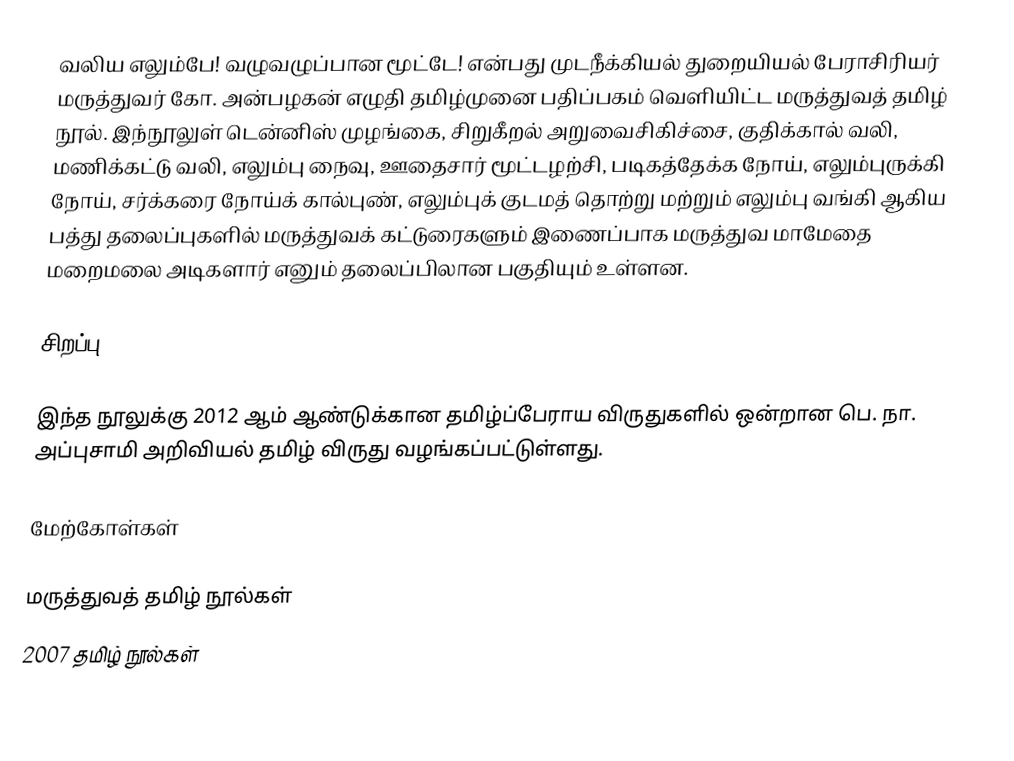
வலிய எலும்பே! வழுவழுப்பான மூட்டே! என்பது முடநீக்கியல் துறையியல் பேராசிரியர் மருத்துவர் கோ. அன்பழகன் எழுதி தமிழ்முனை பதிப்பகம் வெளியிட்ட மருத்துவத் தமிழ் நூல். இந்நூலுள் டென்னிஸ் முழங்கை, சிறுகீறல் அறுவைசிகிச்சை, குதிக்கால் வலி, மணிக்கட்டு வலி, எலும்பு நைவு, ஊதைசார் மூட்டழற்சி, படிகத்தேக்க நோய், எலும்புருக்கி நோய், சர்க்கரை நோய்க் கால்புண், எலும்புக் குடமத் தொற்று மற்றும் எலும்பு வங்கி ஆகிய பத்து தலைப்புகளில் மருத்துவக் கட்டுரைகளும் இணைப்பாக மருத்துவ மாமேதை மறைமலை அடிகளார் எனும் தலைப்பிலான பகுதியும் உள்ளன.

சிறப்பு

 இந்த நூலுக்கு 2012 ஆம் ஆண்டுக்கான தமிழ்ப்பேராய விருதுகளில் ஒன்றான பெ. நா. அப்புசாமி அறிவியல் தமிழ் விருது வழங்கப்பட்டுள்ளது.

மேற்கோள்கள்

மருத்துவத் தமிழ் நூல்கள்
2007 தமிழ் நூல்கள்